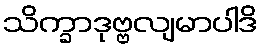
သိက္ခာဒုဗ္ဗလျမာပါဒိ